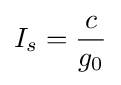
I_{s}={\frac {c}{g_{0}}}